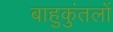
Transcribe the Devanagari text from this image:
बाहुकुंतलों